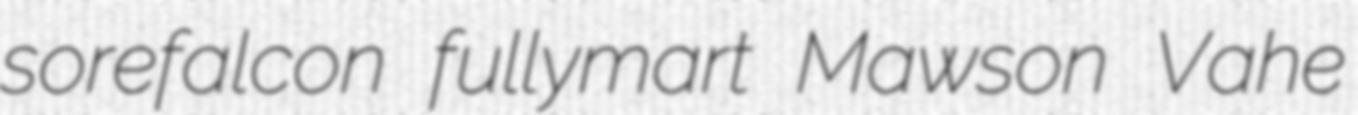
sorefalcon fullymart Mawson Vahe